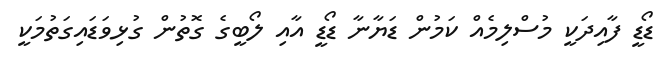
ޑޯޑީ ފާއިދަކީ މުސްލިމެއް ކަމުން ޑަޔާނާ ޑޯޑީ އާއި ލޯބީގެ ގޮތުން ގުޅިވަޑައިގަތުމަކީ